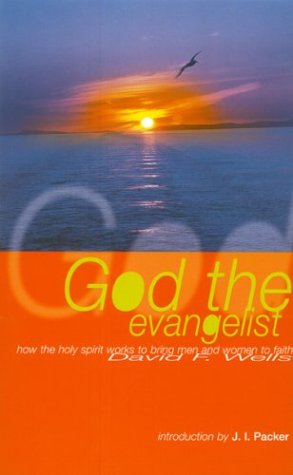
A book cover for God the Evangelist: How the Holy Spirit Works to Bring Men and Women to Faith; David F. Wells; Religion & Spirituality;